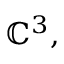
\mathbb { C } ^ { 3 } ,